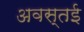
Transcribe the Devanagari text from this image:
अवस्तई